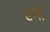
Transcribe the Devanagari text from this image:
एगी